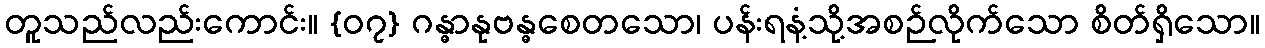
တူသည်လည်းကောင်း။ {၀၇} ဂန္ဓာနုဗန္ဓစေတသော၊ ပန်းရနံ့သို့အစဉ်လိုက်သော စိတ်ရှိသော။